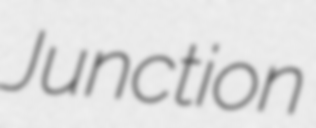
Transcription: Junction